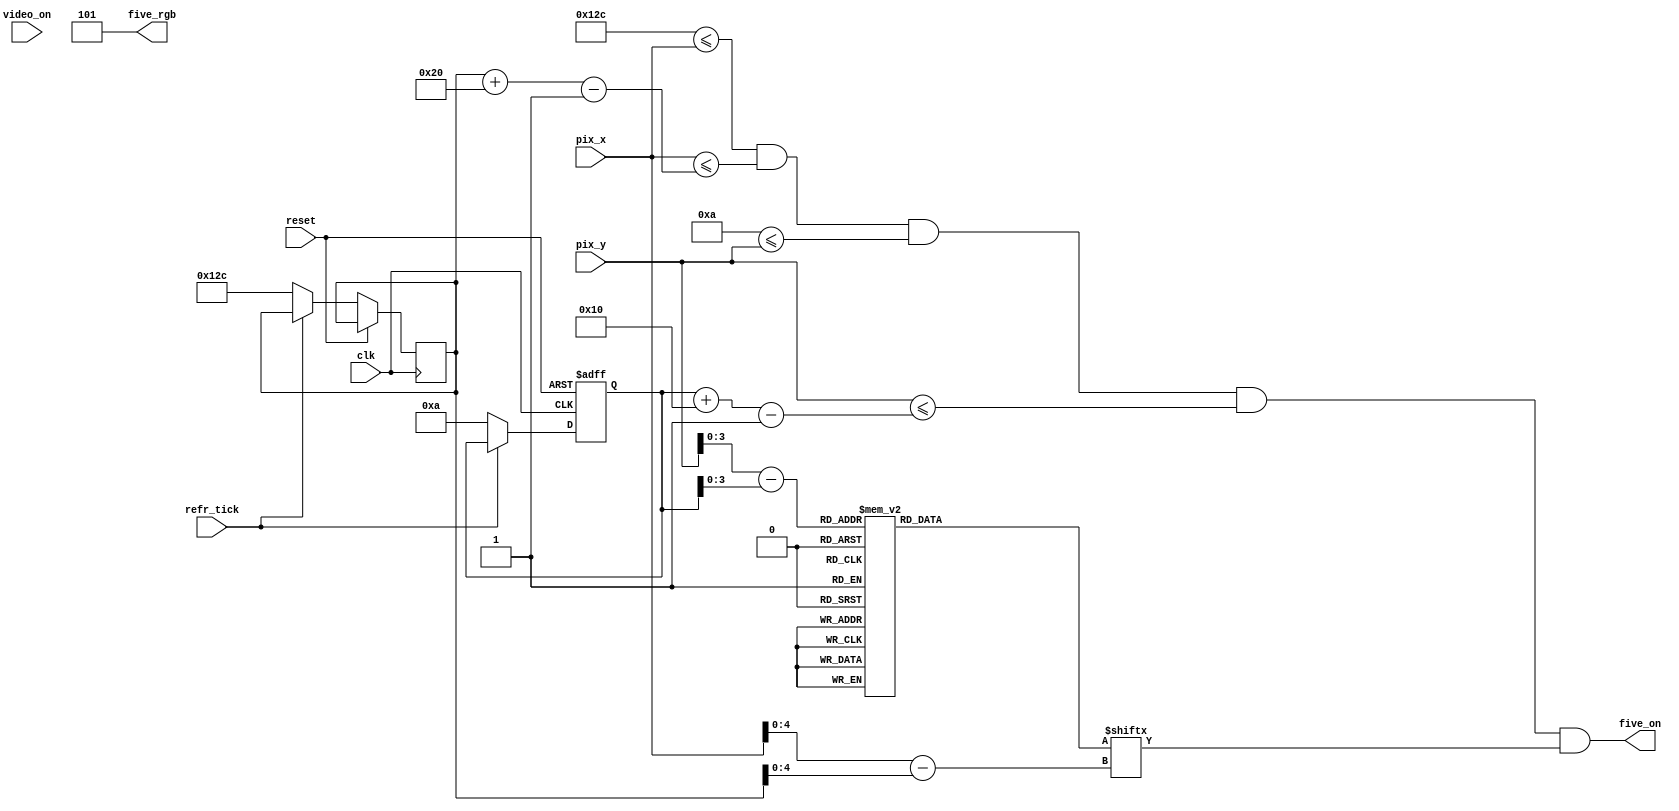
module Five_5(clk, reset,video_on,refr_tick, pix_x, pix_y,five_on,five_rgb);
    input clk, reset;
    input video_on, refr_tick;
    input [9:0] pix_x, pix_y;
    output five_on;
    output [2:0] five_rgb;

  //--------------------------------------------
   // Five Logo
   //--------------------------------------------
   wire [3:0] Five_rom_addr; 
	wire [4:0] Five_rom_col;
   reg [31:0] Five_rom_data;
   wire Five_rom_bit,Five_Logo_on, Logo_on ;
   //--------------------------------------------
   // Five Logo Positioning
   //--------------------------------------------
   // Logo Position left, Top boundary
   localparam Five_X_L = 300;
	localparam Five_X_R = 331;
   localparam Five_X_T = 10;
	localparam Five_X_B = 25;
   
   localparam Five_Logo_x = 32;
   localparam Five_Logo_y = 16;

	 // Five left, right boundary
   wire [9:0] Five_x_l, Five_x_r;
   // Five top, bottom boundary
   wire [9:0] Five_y_t, Five_y_b;
   // reg to track left, top position
   reg [9:0] Five_x_reg, Five_y_reg;
   wire [9:0] Five_x_next, Five_y_next; 

	// body
   //--------------------------------------------
   // Five Logo
   //--------------------------------------------
   always @*
   case (Five_rom_addr)
      6'h0: Five_rom_data = 32'b00111111111111111111111111111100; //   ****
      6'h1: Five_rom_data = 33'b00111111111111111111111111111100; //  ******
      6'h2: Five_rom_data = 32'b01000000000000000000000000000000; // ********
      6'h3: Five_rom_data = 32'b11000000000000000000000000000000; // ********
      6'h4: Five_rom_data = 32'b11000000000000000000000000000000; // ********
      6'h5: Five_rom_data = 32'b11000000000000000000000000000000; // ********
      6'h6: Five_rom_data = 32'b11000000000000000000000000000000; //  ******
      6'h7: Five_rom_data = 32'b01111111111111111111111111111100; //   ****
	 6'h8: Five_rom_data = 32'b00111111111111111111111111111110; //   ****
      6'h9: Five_rom_data = 32'b00000000000000000000000000000011; //  ******
      6'hA: Five_rom_data = 32'b00000000000000000000000000000011; // ********
      6'hB: Five_rom_data = 32'b00000000000000000000000000000011; // ********
      6'hC: Five_rom_data = 32'b00000000000000000000000000000011; // ********
      6'hD: Five_rom_data = 32'b00000000000000000000000000000010; // ********
      6'hE: Five_rom_data = 32'b00111111111111111111111111111100; //  ******
      6'hF: Five_rom_data = 32'b00111111111111111111111111111100; //   ****

   endcase

    //------------------------------------------
	 // Register for Five logo
	 //------------------------------------------
	  // registers
   always @(posedge clk, posedge reset)
      if (reset)
         begin
           
			Five_y_reg <= 0;
            
         end
      else
         begin
            
		   	Five_x_reg <= Five_x_next;
		   	Five_y_reg <= Five_y_next;
            
         end

	//--------------------------------------------
   // Five Logo
   //--------------------------------------------
   // boundary
   assign Five_x_l = Five_x_reg;
   assign Five_y_t = Five_y_reg;
   assign Five_x_r = Five_x_l + Five_Logo_x - 1;
   assign Five_y_b = Five_y_t + Five_Logo_y - 1;
   // pixel within logo
   assign Logo_on =
            (Five_X_L<=pix_x) && (pix_x<=Five_x_r) &&
            (Five_X_T<=pix_y) && (pix_y<=Five_y_b);

	  //assign Logo_on =
     //       (Five_x_l<=Five_X_L) && (pix_x<=Five_x_r) &&
     //       (Five_y_t<=Five_X_T) && (pix_y<=Five_y_b);
   // map current pixel location to ROM addr/col
   assign Five_rom_addr = pix_y[3:0] - Five_y_t[3:0];
   assign Five_rom_col = pix_x[4:0] - Five_x_l[4:0];
   assign Five_rom_bit = Five_rom_data[Five_rom_col];
   // pixel within logo
   assign five_on = (Logo_on & Five_rom_bit);
   assign five_rgb = 3'b101; 
   
   //  assign Five_x_next = (refr_tick)?  Five_x_reg + 1'b1:Five_x_reg;
   //	 assign Five_y_next = (refr_tick) ? Five_y_reg + 1'b1:Five_y_reg;
   assign Five_x_next = (refr_tick) ?  Five_x_reg: Five_X_L;
   assign Five_y_next = (refr_tick) ? Five_y_reg : Five_X_T ;

endmodule